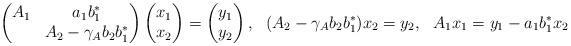
LaTeX: \begin{align*} \begin{pmatrix} A_1 & a_1 b_1^*\\ & A_2 - \gamma_A b_2 b_1^* \end{pmatrix} \begin{pmatrix} x_1\\ x_2 \end{pmatrix} &= \begin{pmatrix} y_1\\ y_2 \end{pmatrix}, & (A_2 - \gamma_A b_2 b_1^*) x_2 &= y_2, & A_1 x_1 &= y_1 - a_1 b_1^* x_2\end{align*}